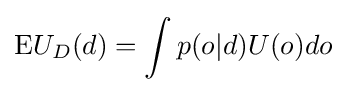
{\text{E}}U_{D}(d)=\int {p(o|d)U(o)do}